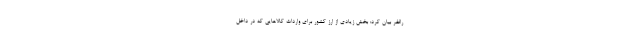
راغفر بیان کرد: بخش زیادی از ارز کشور برای واردات کالاهایی که در داخل